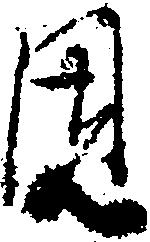
固